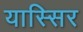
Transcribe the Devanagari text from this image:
यास्सिर